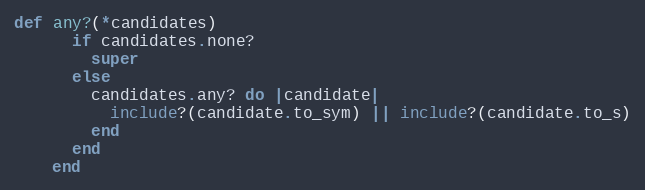
Language: Ruby
def any?(*candidates)
      if candidates.none?
        super
      else
        candidates.any? do |candidate|
          include?(candidate.to_sym) || include?(candidate.to_s)
        end
      end
    end